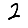
Digit: 2